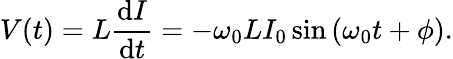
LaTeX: V(t)=L{\frac{\mathrm{d}I}{\mathrm{d}t}}=-\omega_{0}LI_{0}\sin\left(\omega_{0}t+\phi\right).